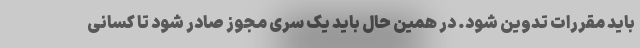
باید مقررات تدوین شود. در همین حال باید یک سری مجوز صادر شود تا کسانی